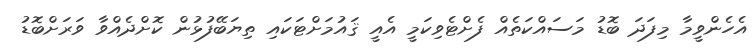
އެހެންވީމާ މިފަދަ ބޮޑު މަސައްކަތެއް ފެށްޓެވިކަމީ އެއީ ޤައުމަށްޓަކައި ތިޔަބޭފުޅުން ކޮށްދެއްވާ ވަރަށްބޮޑު